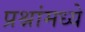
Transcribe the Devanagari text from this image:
प्रश्नांमध्ये